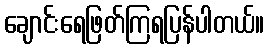
ချောင်းရေဖြတ်ကြရပြန်ပါတယ်။